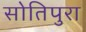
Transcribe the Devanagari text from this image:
सोतिपुरा